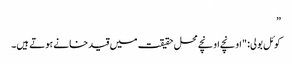
”
کوئل بولی: "اونچے اونچے محل حقیقت میں قید خانے ہوتے ہیں۔